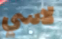
لاسي